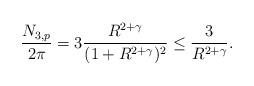
LaTeX: \begin{align*}\frac{N_{3,p}}{2\pi}=3\frac{R^{2+\gamma}}{(1+R^{2+\gamma})^2}\leq\frac3{R^{2+\gamma}}.\end{align*}